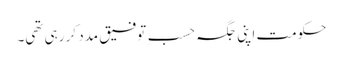
حکومت اپنی جگہ حسبِ توفیق مدد کر رہی تھی۔